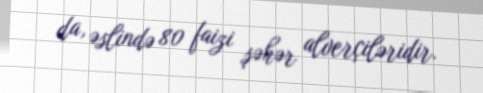
da, əslində 80 faizi şəhər alverçiləridir.